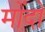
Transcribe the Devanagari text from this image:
मोंदो